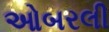
ઓબરલી